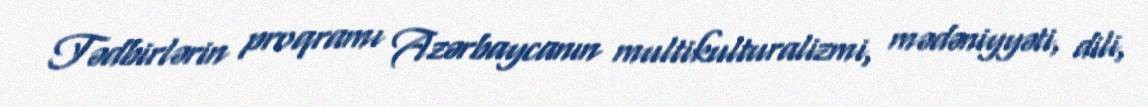
Tədbirlərin proqramı Azərbaycanın multikulturalizmi, mədəniyyəti, dili,